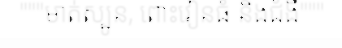
"""មាត់ស្បូន, ពោះវៀនធំ និងជំងឺ"""